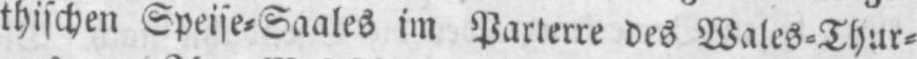
thischen Speise⸗Saales im Parterre des Wales⸗Thur⸗